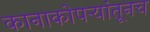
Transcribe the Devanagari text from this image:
कानाकोपऱ्यांतूनच